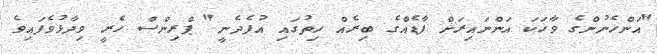
"އަންހެނުންގެ ވާހަކަ އަންނައިރަށް ފާޑެއްގެ ބިރެއް ހިތުގައި އުފެދެނީ" ޕްރިންސް ހެރީ ވިދާޅުވެފައިވެ